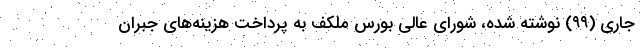
جاری (۹۹) نوشته شده، شورای عالی بورس ملکف به پرداخت هزینه‌های جبران